Statistical return of the lunatic asylum in Assam - 1912-1932
Year: 1912
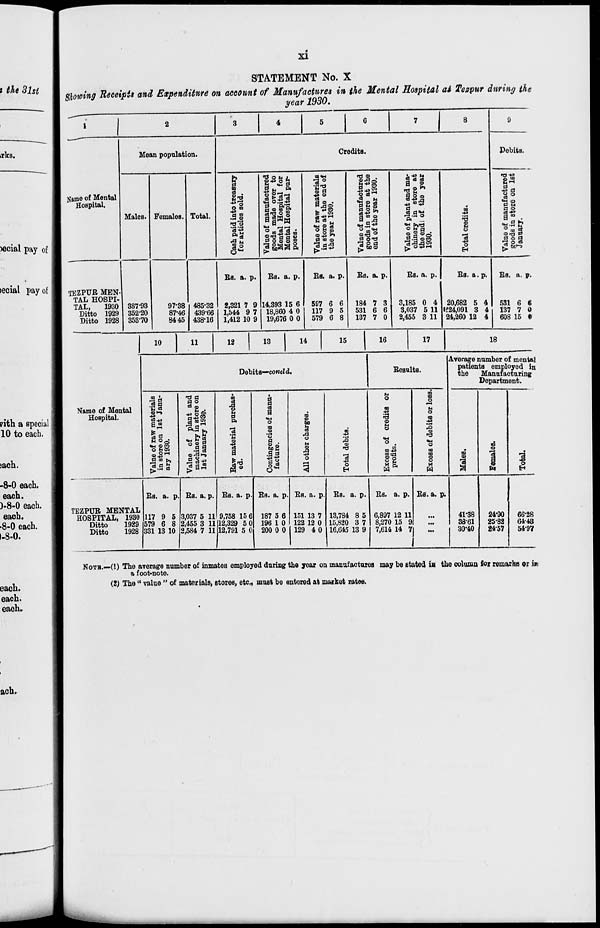
XI
STATEMENT No. X
Showing Receipts and Expenditure on account of Manufactures in the Mental Hospital at Tezpur during the
year 1930.
i
1
3
4
5
6
7
8
9
Mean population.
Credits.
Debits.
Name of Mental
Hospital.
!
1 .
■g g
■BOM),
lila
a <n ™ 9*
■3°
■B'g
43 0
t3 ©
©.a-:
O oS**
a M 0
S cS oS
a
©
43 »*>
«a-*3
15
|a
"SS
Males. Females. Total.
43
a B
M * H
a 0 S;
OS+» *"•
a B ©
a
ft _
09
•43
2
11 q <o
a -*3
ft"
•a 2
a o S o m
° o£
©.£ >»
a a 0
8*3.2 a ona
O H jH
a.a <BCO
£ 0-|3iH
0
3
2»s Or) O
a 0 a
go
3«H
3 §)38 PI
g.ss 'loo £ «»©
0
H
*3 O «8
Bs. a. p.
Bs. a. p.
Ba. a. p.
Bs. a. p.
Bs. a. p.
Bs. a .p. Bfl. a. p.
TEZPUB MEN-
TAL HOSPI-
TAL,
1930 387-93
97-38 485-32
2,321 7 9 14,393 15 6
597 6 6
184 7 3
3,185 0 4 20,682 5 4
531 6 C
Ditto 1929 352-20
87-46 439-66 1,544 9 7 18,860 4 0
117 9 5
531 6 6
3,037 5 11 lf.24,091 S : 4
137 7 0
Ditto 1928 353-70
8445 438-16 1,412 10 9 19,676 0 0
579 6 8
137 7 0
2,455 3 11 24,260 12 4
608 15 t
10
11
12
13
14
15
16
17
18
Average number of mental
Debits—concl d.
Besalts.
patients employed in
the
Manufacturing;
Department.
Name of Mental
Hospital.
31
■+3
T3 a
a o
a-* 3 S
to
1
H
a
|
OS
a
■M
D
9
u
0
1
0
m
O
M
O
fe
•3 2 s
-3
O
m
(9
to
i
a
©
S
0
43
13
8 O^
«M ©co
O yos
m OH
a a
■a «*
o
is
||
a
H
©
.a
*>
a
■M
O
IB ya
0
CO
m
m
n
0
i
« 2 5
o
3
5
■*=
a
go
8
0
i M
Bs. a. p. Bs. a. p. Bs. a. p. Bs. a. p. Bs. a. p. Bs. a. p. Bs. a. p. Bs. a. p.
TEZPUB MENTAL
HOSPITAL, 1930 117 9 5 3,037 5 11 9,758 15 6 187 5 6 151 13 7 13,784 85 6,897 12 11
41-38
24*90
66-28
Ditto
1929 579 6 8 2,455 3 11 12,329 5 0 196 1 0 122 12 0 15,820 37 8,270 15 9
...
3861
25-82
64-43
Ditto
1928 331 13 10 2,584 7 11 12,791 5 0 200 0 0 129 4 0 16,645 13 9 7,614 14 7
30-40
1
24-57
54-97
NOTB.—(1) The average number of inmateB employed during the yoar on manufactures may bo stated ia tho column fox remarks or i»
a f oot-noto.
(2) The " value " of materials, stores, etc, must be entered at market rates.